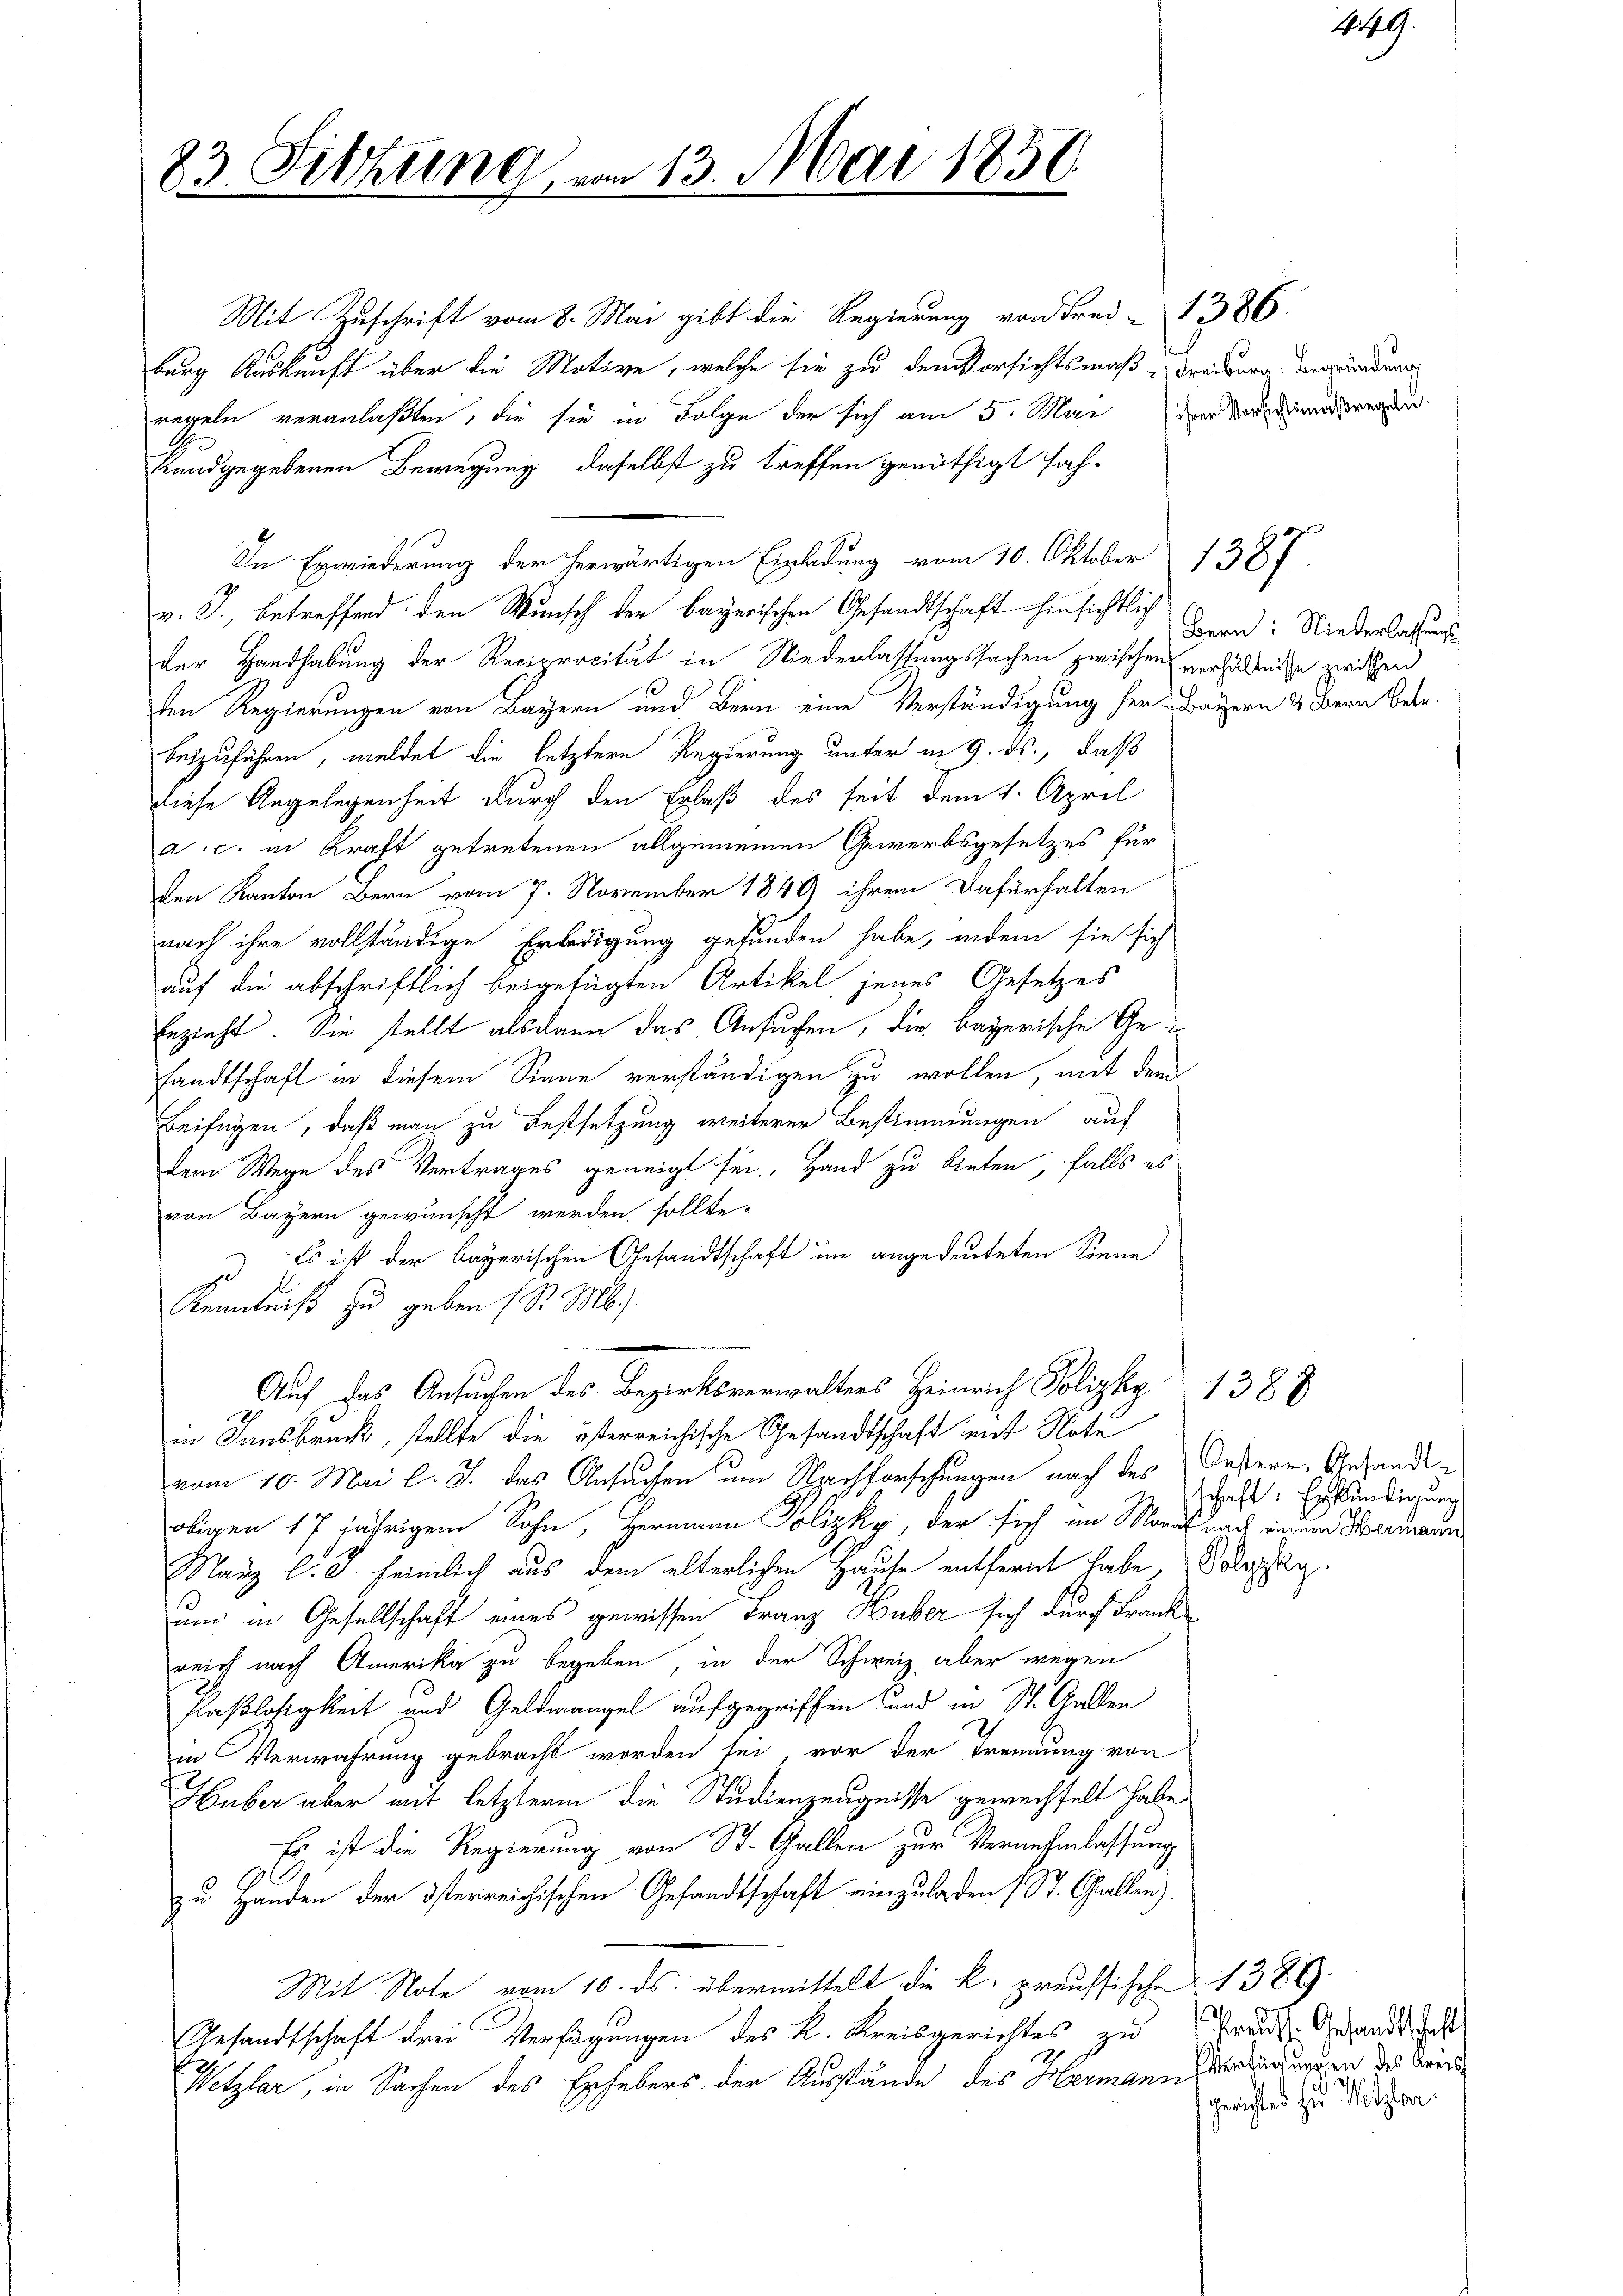
23. Sitzung vom 13. Mai 1850.

Mit Zuschrift vom 8. Mai gibt die Regierung von Frei-1386.
burg Auskunft über die Motive, welche sie zu den Vorsichtsmaß-Freiburg, Verwundung
regeln veranlaßten, die sie in Folge der sich am 5. Mai der Kosten
kundgegebenen Bewegung, daselbst zu treffen genöthigt sah.
In Erwiederung der herwärtigen Einladung vom 10. Oktober 1387
v. J., betreffend den Wunsch der bayerischen Gesandtschaft hinsichtlich
der Handhabung der Reciprocität in Niederlassungssachen zwischen verhältnisse zwischen
ten Regierungen von Bayern und Bern eine Verständigung her Bayern 4 Bern Betr.
beizuführen, weldet die letztere Regierung unter in 9. ds., daß
diese Angelegenheit durch den Erlaß des seit dem 4. April
a.c. in Kraft getretenen allgemeinen Gewerbsgesetzes für
den Kanton Bern vom 7. November 1849 ihrem Dafürhalten
nach ihre vollständige Erledigung gefunden habe, indem sie sich
auf die abschriftlich beigefügten Artikel jenes Gesetzes
bezieht. Sie stellt alsdann das Ansuchen, die bayerische Gefandtschaft in diesem Sinne verständigen zu wollen, mit dem
Beifügen, daß man zu Festsetzung weiterer Bestimmungen auf
dem Wege des Vertrages geneigt sei. Hand zu bieten, falls es
von Bayern gewünscht werden sollte.
Es ist der bayerischen Gesandtschaft im angedeuteten Sonne
g
Kenntniß zu geben (S. M.)
Auf das Ansuchen des Bezirksverwalters Heinrich Polizky 1388
in Innsbruck, stellte die österreichische Gesandtschaft mit Note
vom 10. Mai l. J. das Ansuchen um Nachforschungen nach des Oestere Gesandt
obigen 17 jährigem Sohn, Hermann Polizky, der sich am Monat nach indem Hermann
März l. J. heimlich aus dem elterlichen Haute entfernt habe, Soleschlag.
um in Gesellschaft eines gewissen Franz Huber sich durch Frank
reich nach Amerika zu begeben, in der Schweiz, aber wegen
Flaßlosigkeit und Geldmangel aufgegriffen und in St. Gallen
in Verwahrung gebracht worden sei, vor der Trennung von
Huber aber mit letzteren die Studienzeugnisse gewechselt habe,
Es ist die Regierung von St. Gallen zur Vernehmlassung
zu Handen der österreichischen Gesandtschaft einzuladen (St. Gallen)
Mit Note vom 10. ds. übermittelt die k. preussische 1389.
Gesandtschaft drei Verfügungen des K. Kreisgerichtes zu Truds-Gesandt das
Wetzlar, in Sachen des Erhebers der Ausstände des Hermann eingen des Kinde

Bern: Nieverlassungs

449.

schaft. Erkundigung

Gerichtet zu Mitzler